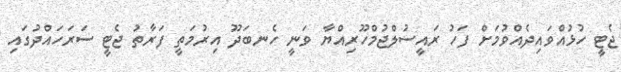
ޖެޓީ ހުޅުއްވައިދެއްވުމަށް ފަހު ރައީސުލްޖުމްހޫރިއްޔާ ވަނީ ހެނބަދޫ އިރުމަތީ ފަރާތު ޖެޓީ ސަރަހައްދުގައި